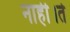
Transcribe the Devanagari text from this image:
नाही।ते